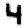
Digit: 4